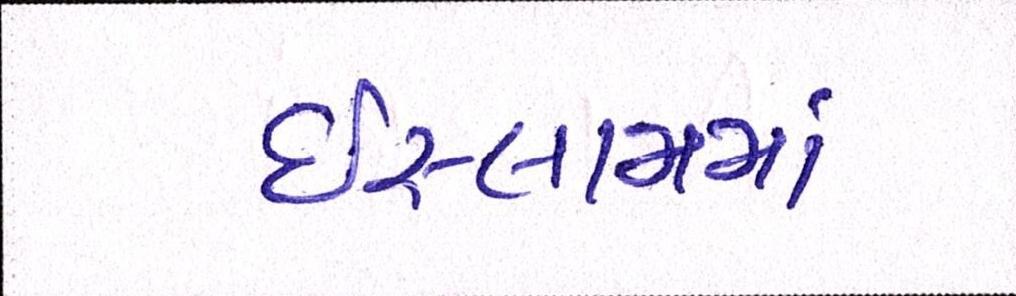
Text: ઇસ્લામમાં